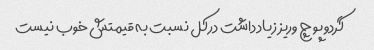
گردو پوچ وریز زیاد داشت درکل نسبت به قیمتش خوب نیست